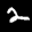
Label: 2